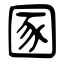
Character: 圂